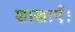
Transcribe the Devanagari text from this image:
शाखाएँ।